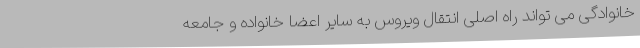
خانوادگی می تواند راه اصلی انتقال ویروس به سایر اعضا خانواده و جامعه